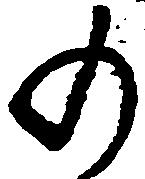
の